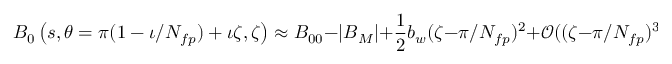
B _ { 0 } \left( s , \theta = \pi ( 1 - \iota / N _ { f p } ) + \iota \zeta , \zeta \right) \approx B _ { 0 0 } - | B _ { M } | + \frac { 1 } { 2 } b _ { w } ( \zeta - \pi / N _ { f p } ) ^ { 2 } + \mathcal { O } ( ( \zeta - \pi / N _ { f p } ) ^ { 3 } ) \, ,